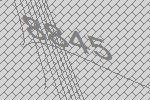
8845